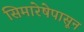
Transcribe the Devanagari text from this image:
सिमारेषेपासून